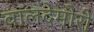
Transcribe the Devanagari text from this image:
वालदेमोरो